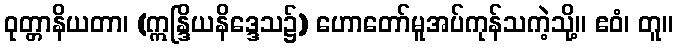
ဝုတ္တာနိယတာ၊ (ဣန္ဒြိယနိဒ္ဒေသ၌) ဟောတော်မူအပ်ကုန်သကဲ့သို့။ ဧဝံ၊ တူ။